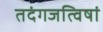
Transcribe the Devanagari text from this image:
तदंगजत्विषां